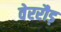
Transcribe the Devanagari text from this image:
वेररौड़